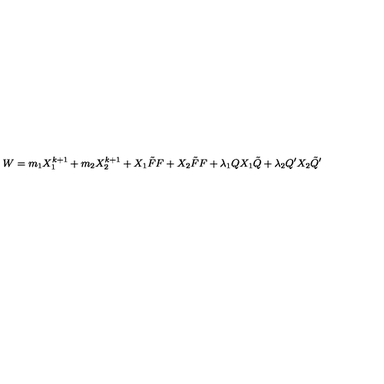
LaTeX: W = m _ { 1 } X _ { 1 } ^ { k + 1 } + m _ { 2 } X _ { 2 } ^ { k + 1 } + X _ { 1 } \tilde { F } F + X _ { 2 } \tilde { F } F + \lambda _ { 1 } Q X _ { 1 } \tilde { Q } + \lambda _ { 2 } Q ^ { \prime } X _ { 2 } \tilde { Q } ^ { \prime }